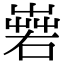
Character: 𡻦